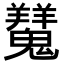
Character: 𩴨